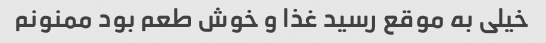
خیلی به موقع رسید غذا و خوش طعم بود ممنونم